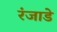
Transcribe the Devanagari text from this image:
रंजाडे